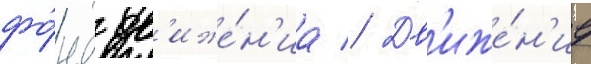
фо́нд дв'иже́н'иа // Дв'иже́н'ие